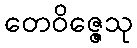
တေဝိဇ္ဇေသု